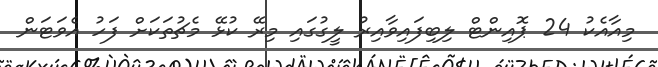
މިއާއެކު 24 ޕޮއިންޓް ލިބިފައިވާއިރު ލީގުގައި މިރޭ ކުޅޭ މެޗުތަކަށް ފަހު އެވަޓަން